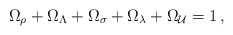
\begin{align*}\Omega_\rho+\Omega_\Lambda+\Omega_\sigma+\Omega_\lambda+\Omega_{\cal U}=1 \,,\end{align*}